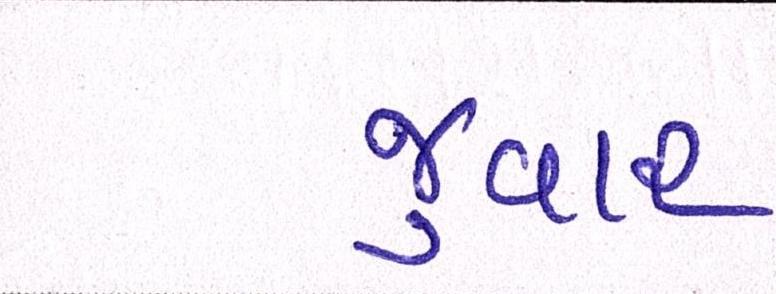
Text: જુવાર